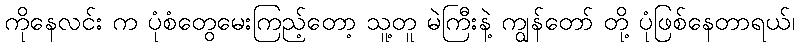
ကိုနေလင်း က ပုံစံတွေမေးကြည့်တော့ သူ့တူ မဲကြီးနဲ့ ကျွန်တော် တို့ ပုံဖြစ်နေတာရယ်၊